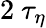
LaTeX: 2\ \tau_{\eta}